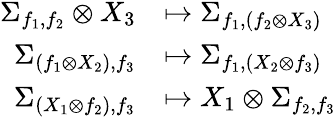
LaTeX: \begin{array}{rl}{\Sigma_{f_{1},f_{2}}\otimes X_{3}}&{\mapsto\Sigma_{f_{1},(f_{2}\otimes X_{3})}}\\ {\Sigma_{(f_{1}\otimes X_{2}),f_{3}}}&{\mapsto\Sigma_{f_{1},(X_{2}\otimes f_{3})}}\\ {\Sigma_{(X_{1}\otimes f_{2}),f_{3}}}&{\mapsto X_{1}\otimes\Sigma_{f_{2},f_{3}}}\end{array}